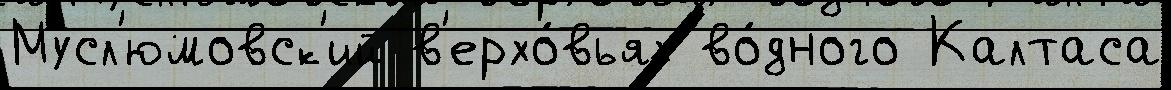
Мусл'юмовск'ий в'ерхо́вьях во́дного Калтаса